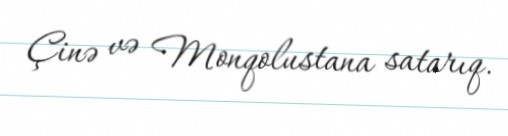
Çinə və Monqolustana satarıq.